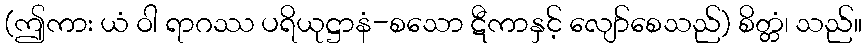
(ဤကား ယံ ဝါ ရာဂဿ ပရိယုဋ္ဌာနံ-စသော ဋီကာနှင့် လျော်စေသည်) စိတ္တံ၊ သည်။